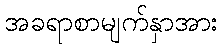
အခရာစာမျက်နှာအား